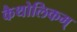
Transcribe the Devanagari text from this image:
कैथोलिकम्